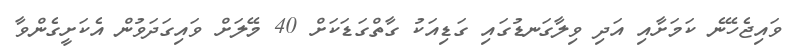
ވައިޖެހޭނެ ކަމަށާއި އަދި ވިލާގަނޑުގައި ގަޑިއަކު ގާތްގަޑަކަށް 40 މޭލަށް ވައިގަދަވުން އެކަށީގެންވާ